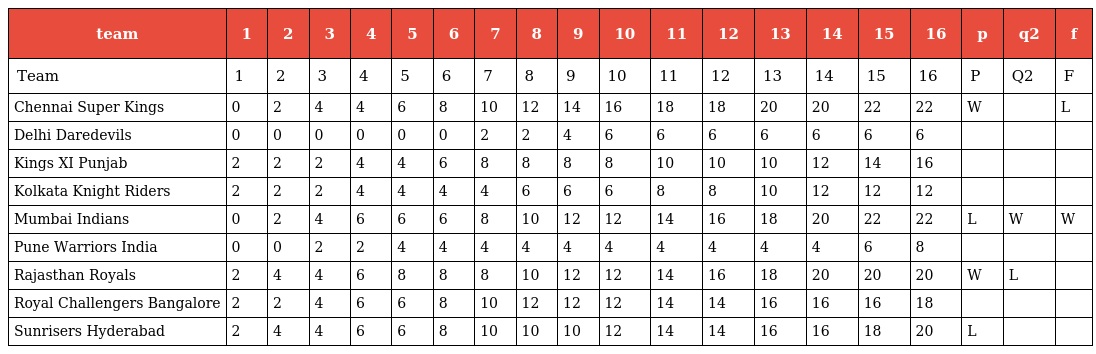
| team | 1 | 2 | 3 | 4 | 5 | 6 | 7 | 8 | 9 | 10 | 11 | 12 | 13 | 14 | 15 | 16 | p | q2 | f |
 | --- | --- | --- | --- | --- | --- | --- | --- | --- | --- | --- | --- | --- | --- | --- | --- | --- | --- | --- | --- |
 | Team | 1 | 2 | 3 | 4 | 5 | 6 | 7 | 8 | 9 | 10 | 11 | 12 | 13 | 14 | 15 | 16 | P | Q2 | F |
 | Chennai Super Kings | 0 | 2 | 4 | 4 | 6 | 8 | 10 | 12 | 14 | 16 | 18 | 18 | 20 | 20 | 22 | 22 | W |  | L |
 | Delhi Daredevils | 0 | 0 | 0 | 0 | 0 | 0 | 2 | 2 | 4 | 6 | 6 | 6 | 6 | 6 | 6 | 6 |  |  |  |
 | Kings XI Punjab | 2 | 2 | 2 | 4 | 4 | 6 | 8 | 8 | 8 | 8 | 10 | 10 | 10 | 12 | 14 | 16 |  |  |  |
 | Kolkata Knight Riders | 2 | 2 | 2 | 4 | 4 | 4 | 4 | 6 | 6 | 6 | 8 | 8 | 10 | 12 | 12 | 12 |  |  |  |
 | Mumbai Indians | 0 | 2 | 4 | 6 | 6 | 6 | 8 | 10 | 12 | 12 | 14 | 16 | 18 | 20 | 22 | 22 | L | W | W |
 | Pune Warriors India | 0 | 0 | 2 | 2 | 4 | 4 | 4 | 4 | 4 | 4 | 4 | 4 | 4 | 4 | 6 | 8 |  |  |  |
 | Rajasthan Royals | 2 | 4 | 4 | 6 | 8 | 8 | 8 | 10 | 12 | 12 | 14 | 16 | 18 | 20 | 20 | 20 | W | L |  |
 | Royal Challengers Bangalore | 2 | 2 | 4 | 6 | 6 | 8 | 10 | 12 | 12 | 12 | 14 | 14 | 16 | 16 | 16 | 18 |  |  |  |
 | Sunrisers Hyderabad | 2 | 4 | 4 | 6 | 6 | 8 | 10 | 10 | 10 | 12 | 14 | 14 | 16 | 16 | 18 | 20 | L |  |  |